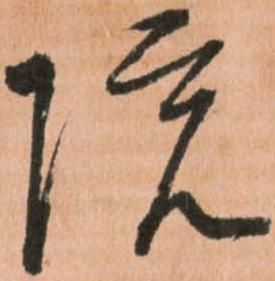
院